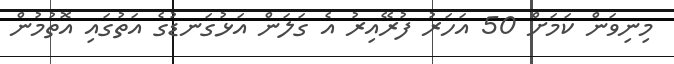
މިނިވަން ކަމަށް 50 އަަހަރު ފުރޭއިރު އެ ގަލަން އަޅުގަނޑުގެ އަތުގައި އޮތުމުން